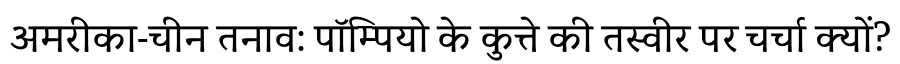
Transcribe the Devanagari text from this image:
अमरीका-चीन तनाव: पॉम्पियो के कुत्ते की तस्वीर पर चर्चा क्यों?